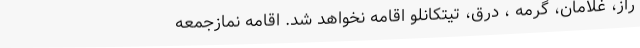
راز، غلامان، گرمه ، درق، تیتکانلو اقامه نخواهد شد. اقامه نمازجمعه